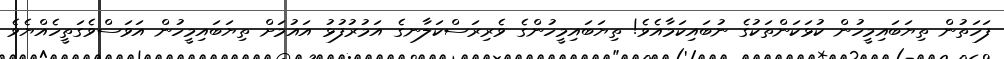
ފަހަތުން ތިޔަބައިމީހުން ކުޅަކަންތަކުގެ ނުބައިކަމާއެވެ! ތިޔަބައިމީހުންގެ ވެރިރަސްކަލާނގެ އަމުރުފުޅު އައުމަށް ތިޔަބައިމީހުން އަވަސްވެގަތީހެއްޔެވެ